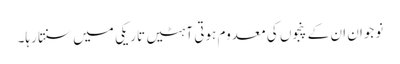
نوجوان ان کے پنجوں کی معدوم ہوتی آہٹیں تاریکی میں سنتا رہا۔